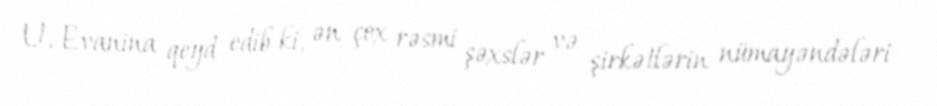
U. Evanina qeyd edib ki, ən çox rəsmi şəxslər və şirkətlərin nümayəndələri